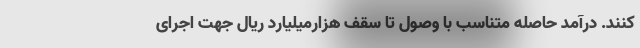
کنند. درآمد حاصله متناسب با وصول تا سقف هزارمیلیارد ریال جهت اجرای